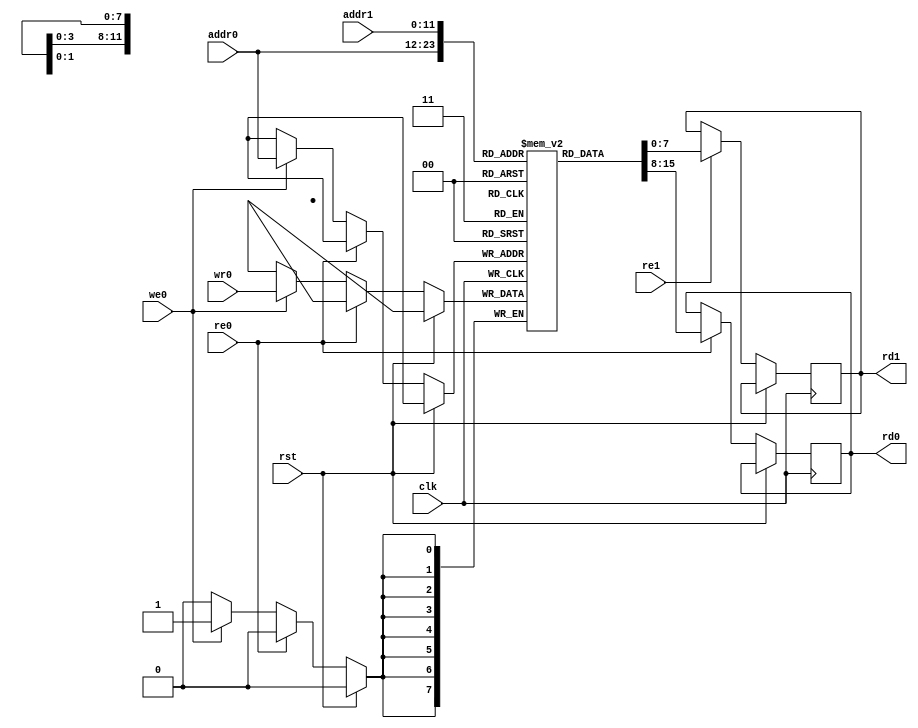
module ram_generic_1rw1r(
    input wire clk,
    input wire rst,
    // Read write port
    input wire [ABITS-1:0] addr0,
    input wire re0,
    output reg [DBITS-1:0] rd0,
    input wire [DBITS-1:0] wr0,
    input wire we0,
    // Read only port
    input wire [ABITS-1:0] addr1,
    input wire re1,
    output reg [DBITS-1:0] rd1
);

    parameter DBITS = 8;
    parameter ABITS = 12;
    localparam DEPTH = (1 << ABITS);

    reg [DBITS-1:0] mem [0:DEPTH-1];

    always @(posedge clk) begin
        if (!rst) begin
            if (re0) begin
                rd0 <= mem[addr0];
            end
            else if (we0) begin
                mem[addr0] <= wr0;
            end
            
            if (re1) begin
                rd1 <= mem[addr1];
            end
        end
    end

endmodule